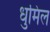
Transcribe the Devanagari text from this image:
धुमिल